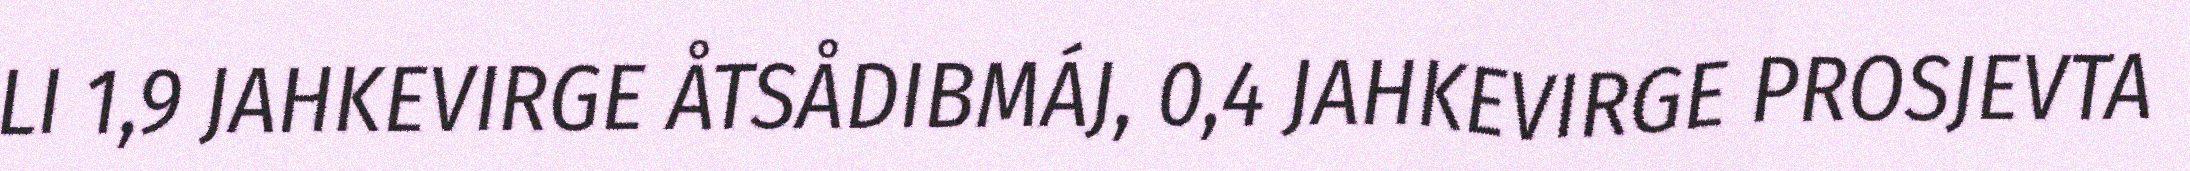
LI 1,9 JAHKEVIRGE ÅTSÅDIBMÁJ, 0,4 JAHKEVIRGE PROSJEVTA